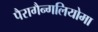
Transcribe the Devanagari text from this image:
पैरागैन्गलियोमा